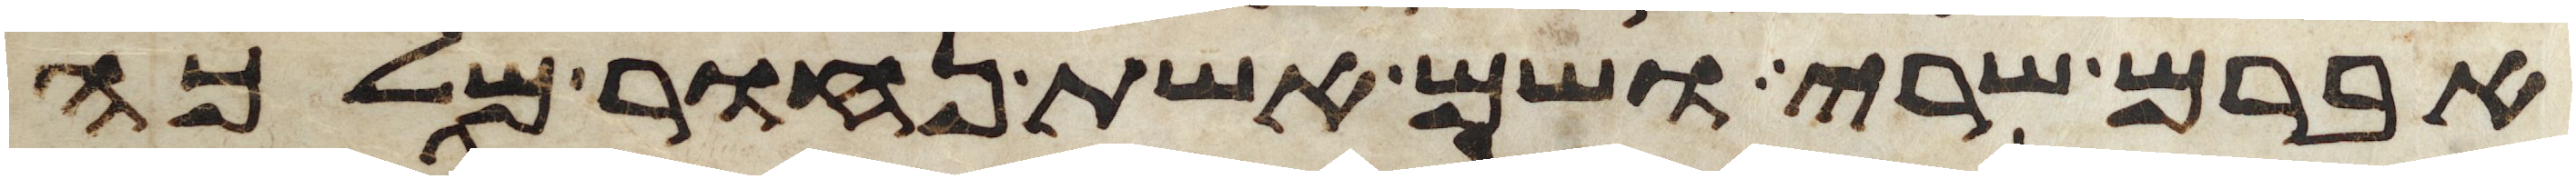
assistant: אברם שרי ושם אשת נחור מלכה